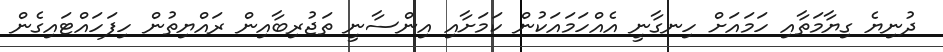
ދުނިޔެ ގިޔާމަތާއި ހަމައަށް ހިނގާނީ އެއްހަމައަކުން ކަމަށާއި އިންސާނީ ތަޖުރިބާއިން ރައްޔިތުން ހިފަހައްޓައިގެން